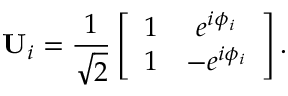
\mathbf { U } _ { i } = \frac { 1 } { \sqrt { 2 } } \left[ \begin{array} { c c } { 1 } & { e ^ { i \phi _ { i } } } \\ { 1 } & { - e ^ { i \phi _ { i } } } \end{array} \right] .